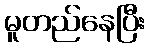
မူတည်နေပြီး